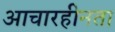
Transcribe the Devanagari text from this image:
आचारहीनता